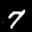
Label: 7